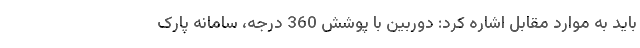
باید به موارد مقابل اشاره کرد: دوربین با پوشش 360 درجه، سامانه پارک